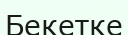
Бекетке